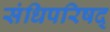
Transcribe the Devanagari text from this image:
संधिपरिषद्